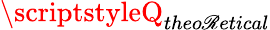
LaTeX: \scriptstyleQ_{theo\mathscr{R}etical}